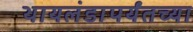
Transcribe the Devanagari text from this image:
थायलंडापर्यंतच्या